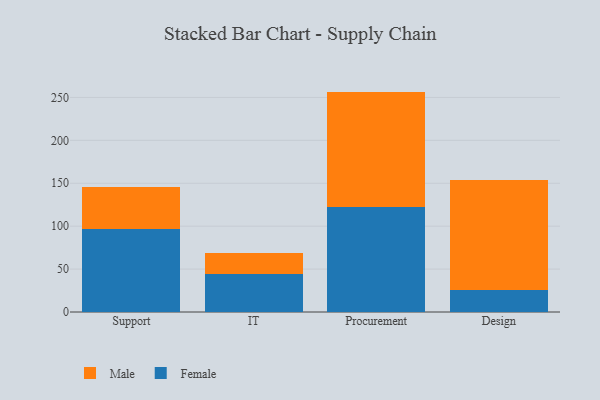
{"axis": {"x": "Department", "y": "Page Views"}, "legend": ["Female", "Male"], "data": [{"x": "Support", "y": 96.7, "type": "Female"}, {"x": "Support", "y": 48.7, "type": "Male"}, {"x": "IT", "y": 44.5, "type": "Female"}, {"x": "IT", "y": 23.7, "type": "Male"}, {"x": "Procurement", "y": 122.6, "type": "Female"}, {"x": "Procurement", "y": 134.2, "type": "Male"}, {"x": "Design", "y": 25.4, "type": "Female"}, {"x": "Design", "y": 128.6, "type": "Male"}]}